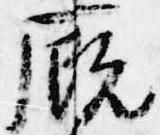
厩